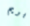
بريم